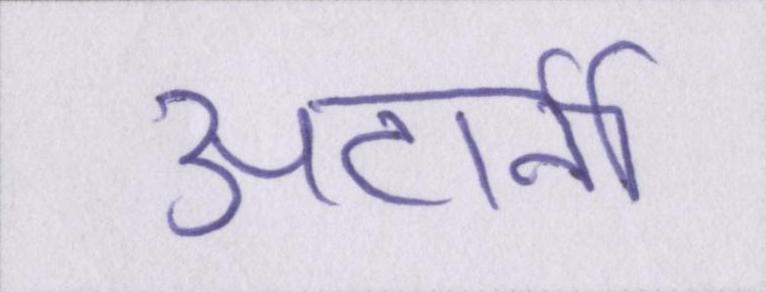
अटार्नी